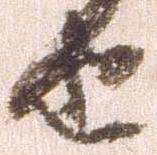
由